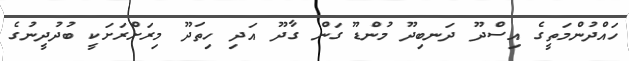
ހައްދުންމަތީގެ އިސްދޫ ދަނބިދޫ މުންޑޫ ގަން ގާދޫ އަދި ހިތަދޫ މިރަށްރަށަކީ ބުދުދީނުގެ